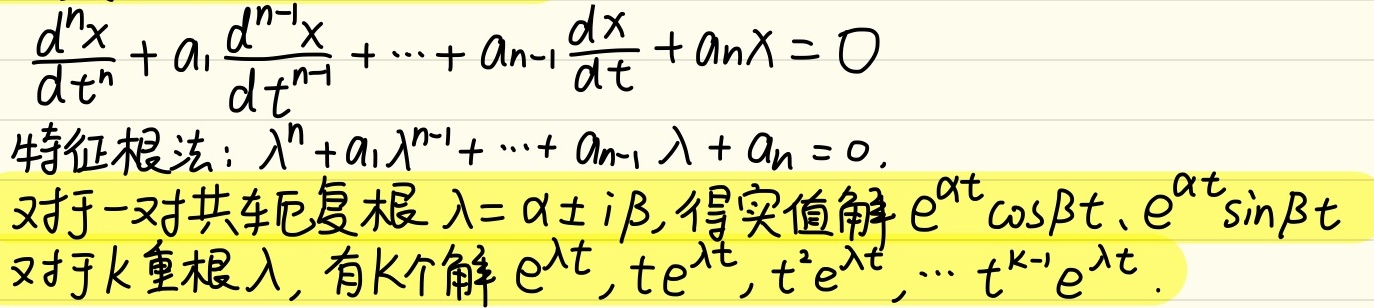
特征根法：对于常系数齐次线性微分方程
\[\frac{d^{n}x}{dt^{n}} + a_1\frac{d^{n - 1}x}{dt^{n - 1}} + \cdots + a_{n - 1}\frac{dx}{dt} + a_nx = 0\]
其特征方程为
\[\lambda^{n}+a_1\lambda^{n - 1}+\cdots + a_{n - 1}\lambda + a_n = 0\]
对于一对共轭复根 \(\lambda=\alpha\pm i\beta\)，得实值解 \(e^{\alpha t}\cos\beta t\)、\(e^{\alpha t}\sin\beta t\)。对于 \(k\) 重根 \(\lambda\)，有 \(k\) 个解 \(e^{\lambda t},te^{\lambda t},t^{2}e^{\lambda t},\cdots,t^{k - 1}e^{\lambda t}\)。